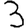
Digit: 3